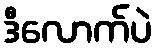
ဒီလောက်ပဲ